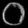
Digit: ၀